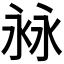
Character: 𣴏